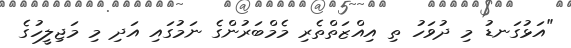
"އަޅުގަނޑު މި ދުވަހު ތި އިއްޒަތްތެރި މެމްބަރުންގެ ނަމުގައި އަދި މި މަޖިލީހުގެ